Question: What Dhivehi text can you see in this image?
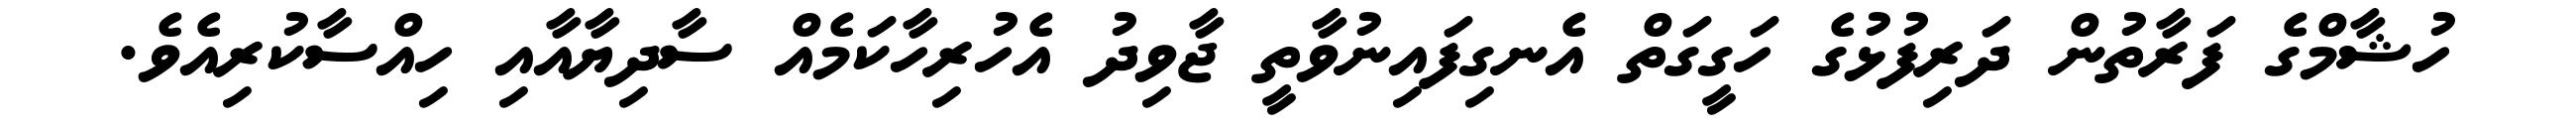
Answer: ހުޝާމްގެ ފަރާތުން ދަރިފުޅުގެ ހަގީގަތް އެނގިފައިނުވާތީ ޖާވިދު އެހުރިހާކަމެއް ސާދިޔާއާއި ހިއްސާކުރިއެވެ.